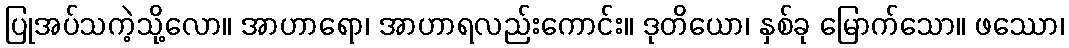
ပြုအပ်သကဲ့သို့လော။ အာဟာရော၊ အာဟာရလည်းကောင်း။ ဒုတိယော၊ နှစ်ခု မြောက်သော။ ဖဿော၊